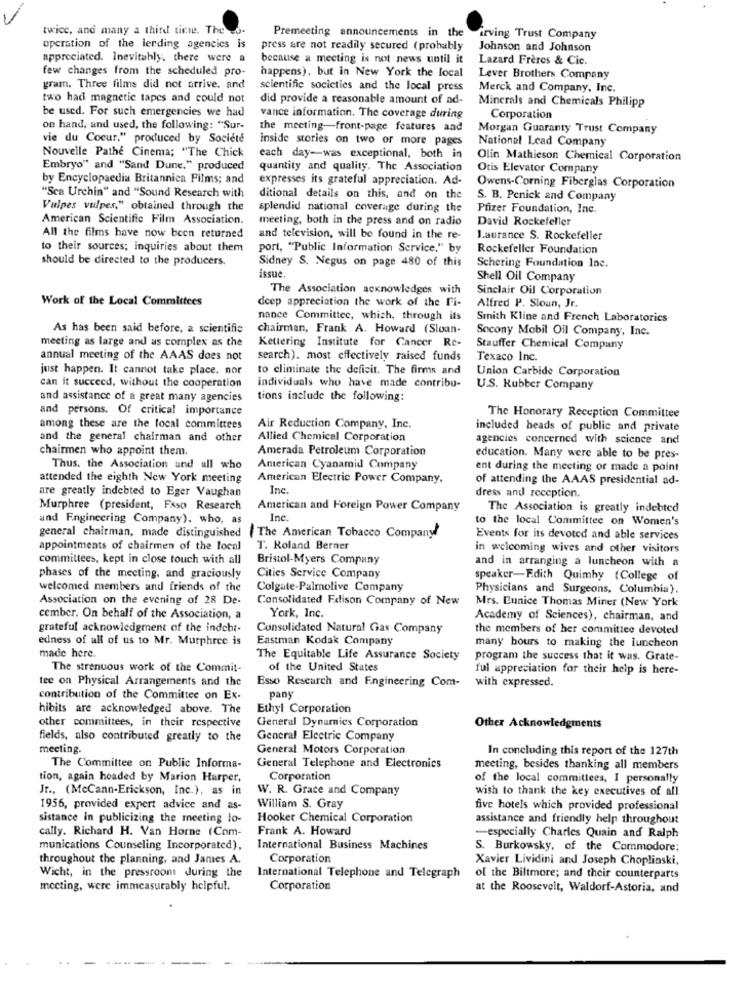
"-
twice, and many a third ticwe. The co.
Premeeting announcements in the
irving Trust Company
operation of the lending agencies is
press are not readily secured (probably
Johnson and Johnson
appreciated. Inevitably, there were a
because a meeting is not news until it
Lazard Frères & Cie.
few changes from the scheduled pro-
happens), but in New York the local
Lever Brothers Company
gram. Three films did not arrive, and
scientific societies and the local press
Merck and Company, Inc.
two had magnetic tapes and could not
did provide a reasonable amount of ad-
Minerals and Chemicals Philipp
be used. For such emergencies we had
vance information. The coverage during
Corporation
on hand, and used, the following: "Sur-
the meeting-front-page features and
Morgan Guaranty Trust Company
vie du Coeur." produced by Société
inside stories on two or more pages
National Lead Company
Nouvelle Pathe Cinema; "The Chick
each day-was exceptional, both in
Olin Mathieson Chemical Corporation
Embryo" and "Sand Dune." produced
quantity and quality. The Association
Otis Elevator Company
by Encyclopaedia Britannica Films; and
expresses its grateful appreciation. Ad-
Owens-Corning Fiberglas Corporation
"Sea Urchin" and "Sound Research with
ditional details on this, and on the
S. B. Penick and Company
Vulpes vulpes," obtained through the
splendid national coverage during the
Pfizer Foundation, Inc.
American Scientific Film Association.
meeting, both in the press and on radio
David Rockefeller
All the films have now been returned
and television, will be found in the re-
Laurance S. Rockefeller
to their sources; inquiries about them
port, "Public Information Service," by
Rockefeller Foundation
should be directed to the producers.
Schering Foundation Inc.
Sidney S. Negus on page 480 of this
issue
Shell Oil Company
The Association acknowledges with
Sinclair Oil Corporation
Work of the Local Committees
deep appreciation the work of the Fi-
Alfred P. Sloun, Jr.
nance Committee, which, through its
Smith Kline and French Laboratories
As has been said before, a scientific
chairman, Frank A. Howard (Sloan-
Socony Mobil Oil Company, Inc.
meeting as large and as complex as the
Kettering Institute for Cancer Re-
Stauffer Chemical Company
annual meeting of the AAAS does not
search). most effectively raised funds
Texaco Inc.
just happen. It cannot take place. nor
to eliminate the deficit. The firms and
Union Carbide Corporation
can it succeed, without the cooperation
individuals who have made contribu-
U.S. Rubber Company
and assistance of a great many agencies
tions include the following:
and persons. Of critical importance
The Honorary Reception Committee
among these are the local committees
Air Reduction Company, Inc.
included heads of public and private
and the general chairman and other
Allied Chemical Corporation
agencies concerned with science and
chairmen who appoint them.
Amerada Petroleum Corporation
education. Many were able to be pres-
Thus, the Association and all who
American Cyanamid Company
ent during the meeting or made a point
attended the eighth New York meeting
American Electric Power Company,
of attending the AAAS presidential ad-
are greatly indebted to Eger Vaughan
Inc.
dress and reception.
Murphree (president, Faso Research
American and Foreign Power Company
The Association is greatly indebted
and Engineering Company). who, as
Inc.
to the local Committee on Women's
general chairman, made distinguished ( The American Tobacco Company!
Events for its devoted and able services
appointments of chairmen of the local
T. Roland Berner
in welcoming wives and other visitors
committees, kept in close touch with all
Bristol-Myers Company
and in arranging a luncheon with a
phases of the meeting, and graciously
Cities Service Company
speaker-Edith Quimby (College of
welcomed members and friends of the
Colgate-Palmolive Company
Physicians and Surgeons, Columbia).
Association on the evening of 28 De-
Consolidated Edison Company of New
Mrs. Eunice Thomas Miner (New York
cember. On behalf of the Association, a
York, Inc.
Academy of Sciences), chairman, and
grateful acknowledgment of the indebt-
Consolidated Natural Gas Company
the members of her committee devoted
edness of all of us to Mr. Murphree is
Eastman Kodak Company
many hours to making the luncheon
made here.
The Equitable Life Assurance Society
program the success that it was. Grate-
The strenuous work of the Commit-
of the United States
ful appreciation for their help is here-
tee on Physical Arrangements and the
Esso Research and Engineering Com- with expressed.
contribution of the Committee on Ex-
pany
hibits are acknowledged above. The
Ethyl Corporation
other committees, in their respective
General Dynamics Corporation
Other Acknowledgments
fields, also contributed greatly to the
General Electric Company
meeting.
General Motors Corporation
In concluding this report of the 127th
General Telephone and Electronics
The Committee on Public Informa-
meeting, besides thanking all members
tion, again headed by Marion Harper,
Corporation
of the local committees, I personally
Jr ., (McCann-Erickson, Inc.), as in
W. R. Grace and Company
wish to thank the key executives of all
1956, provided expert advice and as-
William S. Gray
five hotels which provided professional
sistance in publicizing the meeting lo-
Hooker Chemical Corporation
assistance and friendly help throughout
Frank A. Howard
cally. Richard H. Van Horne (Com-
-especially Charles Quain and Ralph
munications Counseling Incorporated), International Business Machines
S. Burkowsky, of the Commodore;
throughout the planning, and James A.
Corporation
Xavier Lividini and Joseph Choplinski,
Wicht, in the pressroom during the
International Telephone and Telegraph
of the Biltmore; and their counterparts
meeting, were immeasurably helpful.
Corporation
at the Roosevelt, Waldorf-Astoria, and